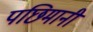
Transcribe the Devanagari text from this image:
पछिमानी